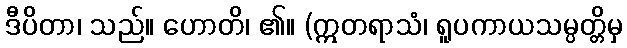
ဒီပိတာ၊ သည်။ ဟောတိ၊ ၏။ (ဣတရာသံ၊ ရူပကာယသမ္ပတ္တိမှ